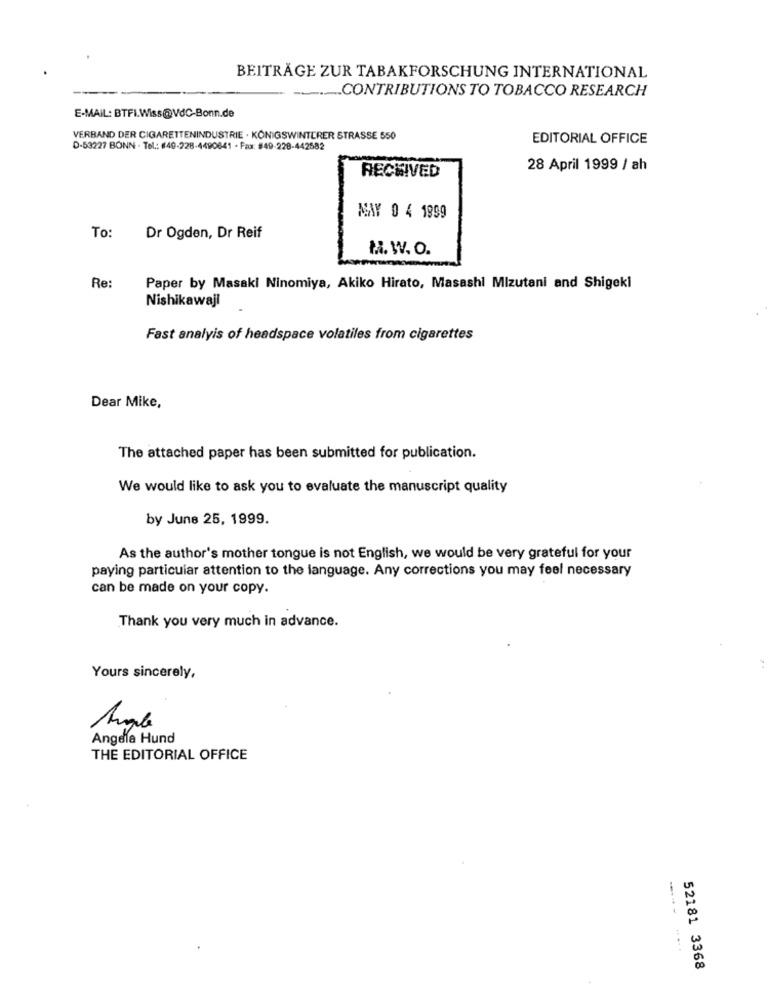
BEITRÄGE ZUR TABAKFORSCHUNG INTERNATIONAL
--.... CONTRIBUTIONS TO TOBACCO RESEARCH
E-MAIL: BTFI.Wiss@VBC-Bonn.de
VERBAND DER CIGARETTENINDUSTRIE . KÖNIGSWINTERER STRASSE 550
EDITORIAL OFFICE
D-53227 BONN - Tel .: #40-228-4490841 - Fax: #49-228-442582
RECEIVED
28 April 1999 / ah
MAY 0 4 1999
To:
Dr Ogden, Dr Reif
H. W. O.
Re:
Paper by Masaki Ninomiya, Akiko Hirato, Masashi Mizutani and Shigeki
Nishikawaji
Fast analyis of headspace volatiles from cigarettes
Dear Mike,
The attached paper has been submitted for publication.
We would like to ask you to evaluate the manuscript quality
by June 25, 1999.
As the author's mother tongue is not English, we would be very grateful for your
paying particular attention to the language. Any corrections you may feel necessary
can be made on your copy.
Thank you very much in advance.
Yours sincerely,
Angle
Angela Hund
THE EDITORIAL OFFICE
52181 3368